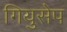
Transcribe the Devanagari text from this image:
गियुसेप